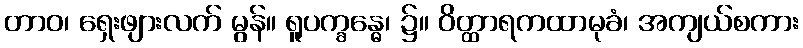
တာဝ၊ ရှေးဖျားလက် မွန်။ ရူပက္ခန္ဓေ၊ ၌။ ဝိတ္ထာရကထာမုခံ၊ အကျယ်စကား